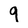
Character: 9